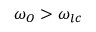
\omega _ { O } > \omega _ { l c }